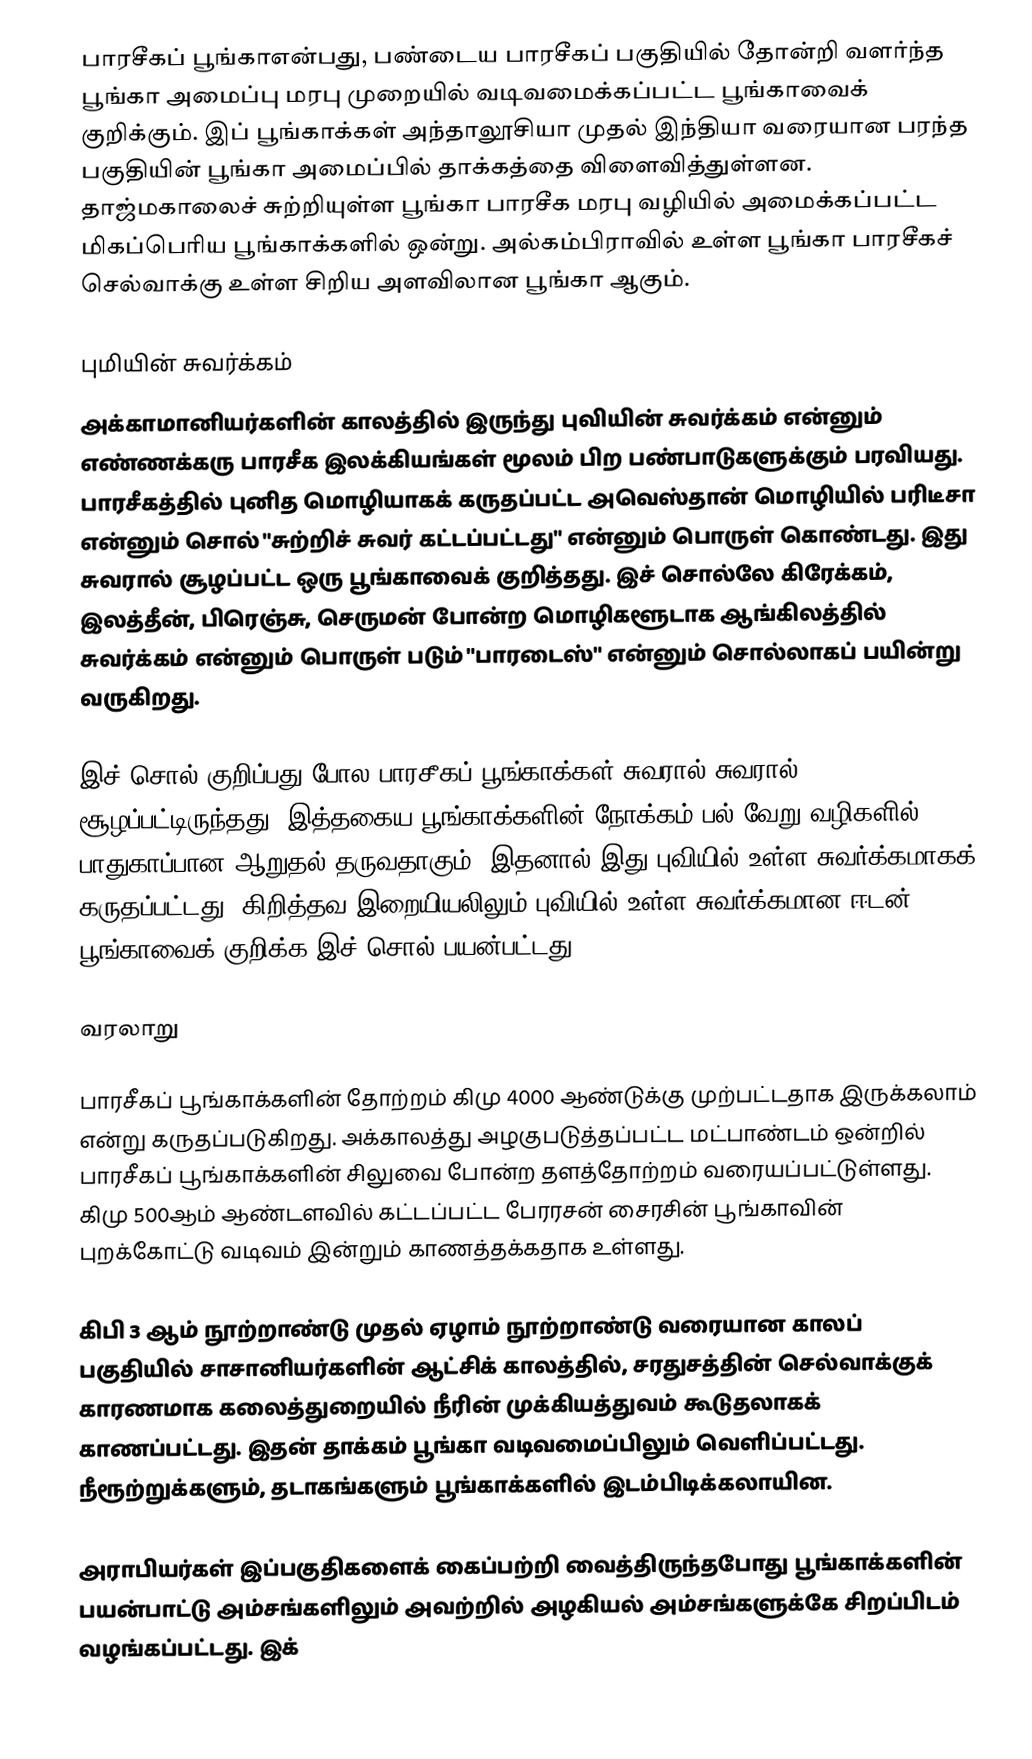
பாரசீகப் பூங்காஎன்பது, பண்டைய பாரசீகப் பகுதியில் தோன்றி வளர்ந்த பூங்கா அமைப்பு மரபு முறையில் வடிவமைக்கப்பட்ட பூங்காவைக் குறிக்கும். இப் பூங்காக்கள் அந்தாலூசியா முதல் இந்தியா வரையான பரந்த பகுதியின் பூங்கா அமைப்பில் தாக்கத்தை விளைவித்துள்ளன. தாஜ்மகாலைச் சுற்றியுள்ள பூங்கா பாரசீக மரபு வழியில் அமைக்கப்பட்ட மிகப்பெரிய பூங்காக்களில் ஒன்று. அல்கம்பிராவில் உள்ள பூங்கா பாரசீகச் செல்வாக்கு உள்ள சிறிய அளவிலான பூங்கா ஆகும்.

புமியின் சுவர்க்கம்
அக்காமானியர்களின் காலத்தில் இருந்து புவியின் சுவர்க்கம் என்னும் எண்ணக்கரு பாரசீக இலக்கியங்கள் மூலம் பிற பண்பாடுகளுக்கும் பரவியது. பாரசீகத்தில் புனித மொழியாகக் கருதப்பட்ட அவெஸ்தான் மொழியில் பரிடீசா என்னும் சொல் "சுற்றிச் சுவர் கட்டப்பட்டது" என்னும் பொருள் கொண்டது. இது சுவரால் சூழப்பட்ட ஒரு பூங்காவைக் குறித்தது. இச் சொல்லே கிரேக்கம், இலத்தீன், பிரெஞ்சு, செருமன் போன்ற மொழிகளூடாக ஆங்கிலத்தில் சுவர்க்கம் என்னும் பொருள் படும் "பாரடைஸ்" என்னும் சொல்லாகப் பயின்று வருகிறது.

இச் சொல் குறிப்பது போல பாரசீகப் பூங்காக்கள் சுவரால் சுவரால் சூழப்பட்டிருந்தது. இத்தகைய பூங்காக்களின் நோக்கம் பல் வேறு வழிகளில் பாதுகாப்பான ஆறுதல் தருவதாகும். இதனால் இது புவியில் உள்ள சுவர்க்கமாகக் கருதப்பட்டது. கிறித்தவ இறையியலிலும் புவியில் உள்ள சுவர்க்கமான ஈடன் பூங்காவைக் குறிக்க இச் சொல் பயன்பட்டது.

வரலாறு

பாரசீகப் பூங்காக்களின் தோற்றம் கிமு 4000 ஆண்டுக்கு முற்பட்டதாக இருக்கலாம் என்று கருதப்படுகிறது. அக்காலத்து அழகுபடுத்தப்பட்ட மட்பாண்டம் ஒன்றில் பாரசீகப் பூங்காக்களின் சிலுவை போன்ற தளத்தோற்றம் வரையப்பட்டுள்ளது. கிமு 500ஆம் ஆண்டளவில் கட்டப்பட்ட பேரரசன் சைரசின் பூங்காவின் புறக்கோட்டு வடிவம் இன்றும் காணத்தக்கதாக உள்ளது.

கிபி 3 ஆம் நூற்றாண்டு முதல் ஏழாம் நூற்றாண்டு வரையான காலப் பகுதியில் சாசானியர்களின் ஆட்சிக் காலத்தில், சரதுசத்தின் செல்வாக்குக் காரணமாக கலைத்துறையில் நீரின் முக்கியத்துவம் கூடுதலாகக் காணப்பட்டது. இதன் தாக்கம் பூங்கா வடிவமைப்பிலும் வெளிப்பட்டது. நீரூற்றுக்களும், தடாகங்களும் பூங்காக்களில் இடம்பிடிக்கலாயின.

அராபியர்கள் இப்பகுதிகளைக் கைப்பற்றி வைத்திருந்தபோது பூங்காக்களின் பயன்பாட்டு அம்சங்களிலும் அவற்றில் அழகியல் அம்சங்களுக்கே சிறப்பிடம் வழங்கப்பட்டது. இக்